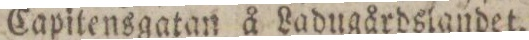
Capitensgatan å Ladugårdslandet.